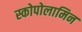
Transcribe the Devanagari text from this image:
स्कोपोलामिन